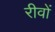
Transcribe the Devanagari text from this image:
रीवों